Indian journal of veterinary science and animal husbandry - Volumes 28-29, 1958-1959
Year: 1958
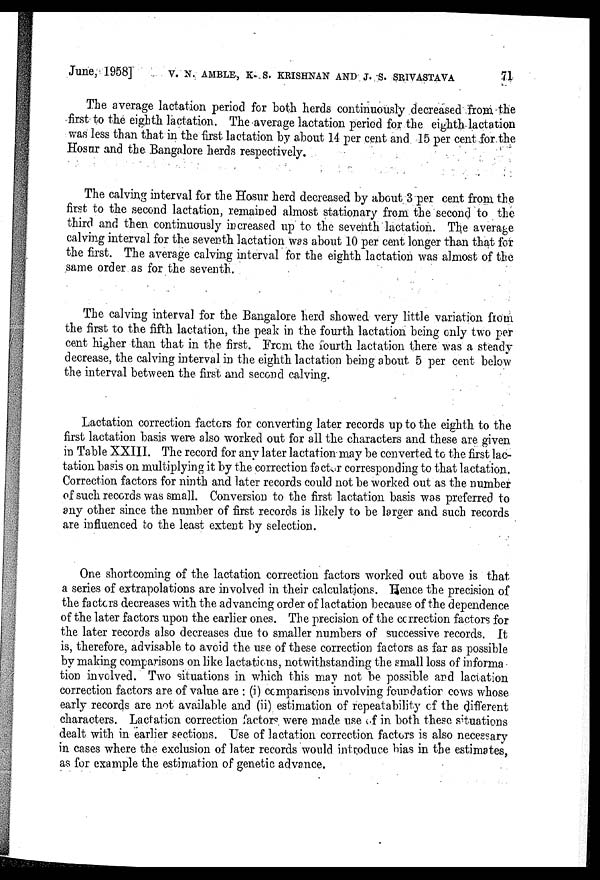
June, 1958] V. N. AMBLE, K. S. KRISHNAN AND J. S. SRIVASTAVA 71
The average lactation period for both herds continuously decreased from the
first to the eighth lactation. The average lactation period for the eighth lactation
was less than that in the first lactation by about 14 per cent and 15 per cent for the
Hosur and the Bangalore herds respectively.
The calving interval for the Hosur herd decreased by about 3 per cent from the
first to the second lactation, remained almost stationary from the second to the
third and then continuously increased up to the seventh lactation. The average
calving interval for the seventh lactation was about 10 per cent longer than that for
the first. The average calving interval for the eighth lactation was almost of the
same order as for the seventh.
The calving interval for the Bangalore herd showed very little variation from
the first to the fifth lactation, the peak in the fourth lactation being only two per
cent higher than that in the first. From the fourth lactation there was a steady
decrease, the calving interval in the eighth lactation being about 5 per cent below
the interval between the first and second calving.
Lactation correction factors for converting later records up to the eighth to the
first lactation basis were also worked out for all the characters and these are given
in Table XXIII. The record for any later lactation may be converted to the first lac-
tation basis on multiplying it by the correction factor corresponding to that lactation.
Correction factors for ninth and later records could not be worked out as the number
of such records was small. Conversion to the first lactation basis was preferred to
any other since the number of first records is likely to be larger and such records
are influenced to the least extent by selection.
One shortcoming of the lactation correction factors worked out above is that
a series of extrapolations are involved in their calculations. Hence the precision of
the factors decreases with the advancing order of lactation because of the dependence
of the later factors upon the earlier ones. The precision of the correction factors for
the later records also decreases due to smaller numbers of successive records. It
is, therefore, advisable to avoid the use of these correction factors as far as possible
by making comparisons on like lactations, notwithstanding the small loss of informa
tion involved. Two situations in which this may not be possible and lactation
correction factors are of value are : (i) comparisons involving foundation cows whose
early records are not available and (ii) estimation of repeatability of the different
characters. Lactation correction factors were made use of in both these situations
dealt with in earlier sections. Use of lactation correction factors is also necessary
in cases where the exclusion of later records would introduce bias in the estimates,
as for example the estimation of genetic advance.